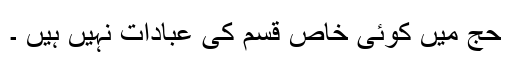
حج میں کوئی خاص قسم کی عبادات نہیں ہیں ۔